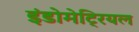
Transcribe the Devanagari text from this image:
इंडोमेट्रियल